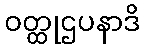
ဝတ္ထုဌပနာဒိ